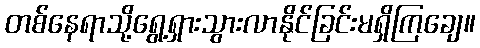
တစ်နေရာသို့ရွေ့ရှားသွားလာနိုင်ခြင်းမရှိကြချေ။